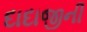
દાદાજીની